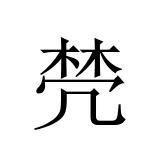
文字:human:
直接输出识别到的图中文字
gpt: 棾